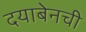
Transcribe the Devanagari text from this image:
दयाबेनची